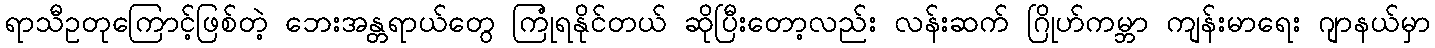
ရာသီဥတုကြောင့်ဖြစ်တဲ့ ဘေးအန္တရာယ်တွေ ကြုံရနိုင်တယ် ဆိုပြီးတော့လည်း လန်းဆက် ဂြိုဟ်ကမ္ဘာ ကျန်းမာရေး ဂျာနယ်မှာ